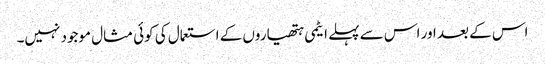
اس کے بعد اور اس سے پہلے ایٹمی ہتھیاروں کے استعمال کی کوئی مثال موجود نہیں۔